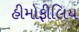
હીમોફીલિય